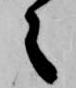
之